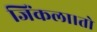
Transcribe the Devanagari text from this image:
जिंकला।तो